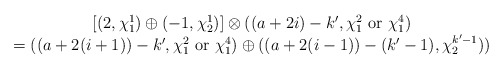
\begin{align*}\begin{array}{c}[(2,\chi_{1}^{1}) \oplus (-1,\chi_{2}^{1})]\otimes ((a+2i)-k',\chi_1^{2} ~$or$~ \chi_1^{4}) \\=((a+2(i+1))-k',\chi_1^{2} ~$or$~ \chi_1^{4}) \oplus ((a+2(i-1))-(k'-1),\chi_{2}^{k'-1}))\end{array}\end{align*}